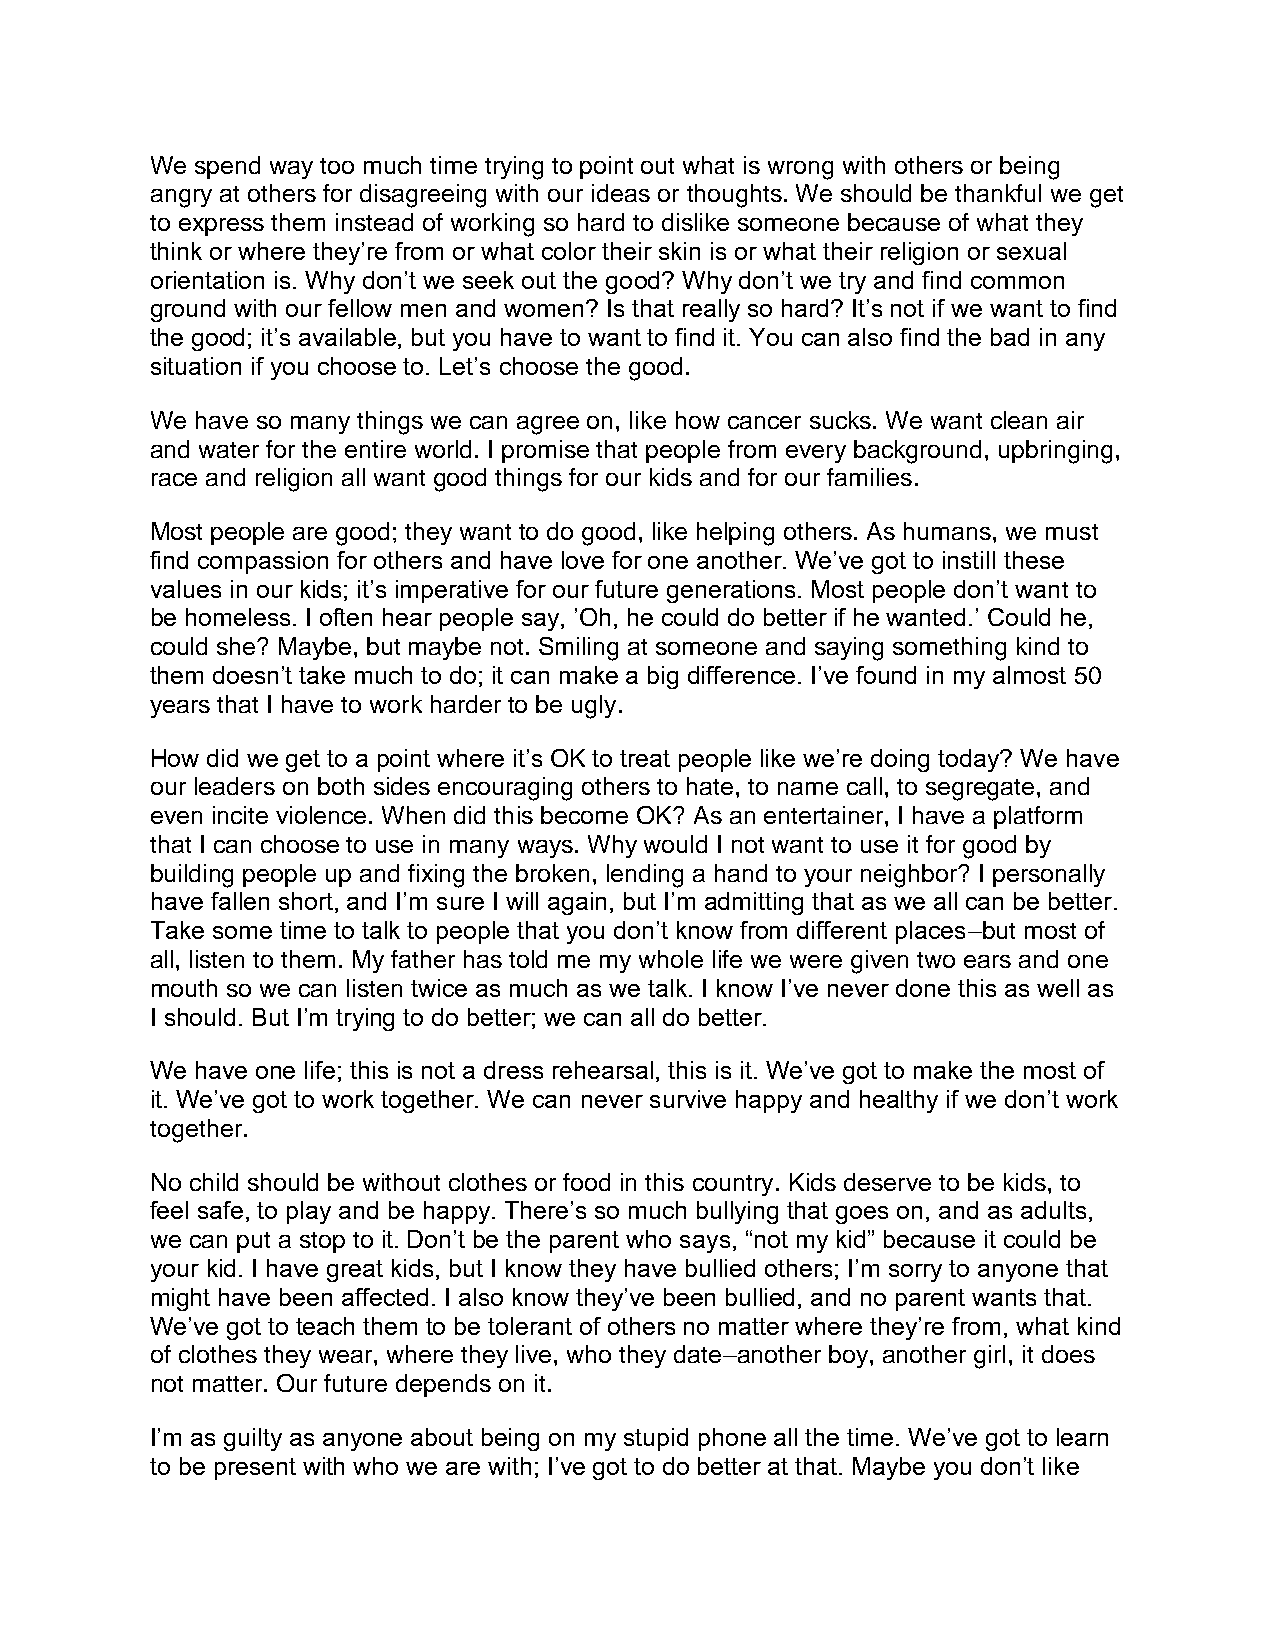
We spend way too much time trying to point out what is wrong with others or being
 angry at others for disagreeing with our ideas or thoughts. We should be thankful we get
 to express them instead of working so hard to dislike someone because of what they
 think or where they’re from or what color their skin is or what their religion or sexual
 orientation is. Why don’t we seek out the good? Why don’t we try and find common
 ground with our fellow men and women? Is that really so hard? It’s not if we want to find
 the good; it’s available, but you have to want to find it. You can also find the bad in any
 situation if you choose to. Let’s choose the good.
 We have so many things we can agree on, like how cancer sucks. We want clean air
 and water for the entire world. I promise that people from every background, upbringing,
 race and religion all want good things for our kids and for our families.
 Most people are good; they want to do good, like helping others. As humans, we must
 find compassion for others and have love for one another. We’ve got to instill these
 values in our kids; it’s imperative for our future generations. Most people don’t want to
 be homeless. I often hear people say, ’Oh, he could do better if he wanted.’ Could he,
 could she? Maybe, but maybe not. Smiling at someone and saying something kind to
 them doesn’t take much to do; it can make a big difference. I’ve found in my almost 50
 years that I have to work harder to be ugly.
 How did we get to a point where it’s OK to treat people like we’re doing today? We have
 our leaders on both sides encouraging others to hate, to name call, to segregate, and
 even incite violence. When did this become OK? As an entertainer, I have a platform
 that I can choose to use in many ways. Why would I not want to use it for good by
 building people up and fixing the broken, lending a hand to your neighbor? I personally
 have fallen short, and I’m sure I will again, but I’m admitting that as we all can be better.
 Take some time to talk to people that you don’t know from different places–but most of
 all, listen to them. My father has told me my whole life we were given two ears and one
 mouth so we can listen twice as much as we talk. I know I’ve never done this as well as
 I should. But I’m trying to do better; we can all do better.
 We have one life; this is not a dress rehearsal, this is it. We’ve got to make the most of
 it. We’ve got to work together. We can never survive happy and healthy if we don’t work
 together.
 No child should be without clothes or food in this country. Kids deserve to be kids, to
 feel safe, to play and be happy. There’s so much bullying that goes on, and as adults,
 we can put a stop to it. Don’t be the parent who says, “not my kid” because it could be
 your kid. I have great kids, but I know they have bullied others; I’m sorry to anyone that
 might have been affected. I also know they’ve been bullied, and no parent wants that.
 We’ve got to teach them to be tolerant of others no matter where they’re from, what kind
 of clothes they wear, where they live, who they date–another boy, another girl, it does
 not matter. Our future depends on it.
 I’m as guilty as anyone about being on my stupid phone all the time. We’ve got to learn
 to be present with who we are with; I’ve got to do better at that. Maybe you don’t like